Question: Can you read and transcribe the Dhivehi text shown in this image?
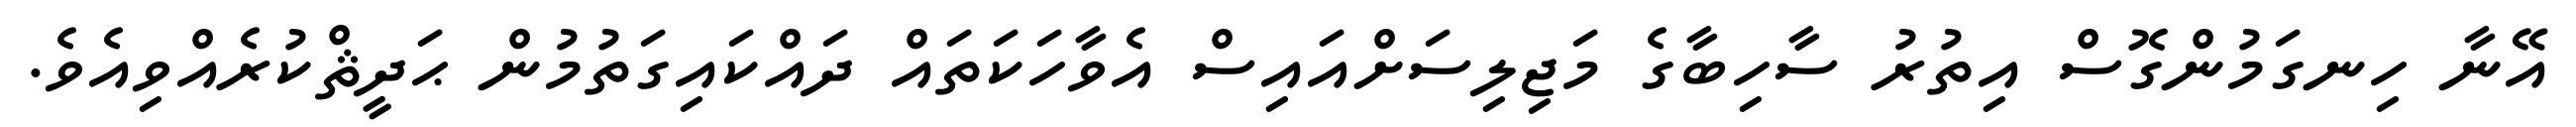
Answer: އޭނާ ހިނގަމުންގޮސް އިތުރު ސާހިބާގެ މަޖިލިސަށްއައިސް އެވާހަކަތައް ދައްކައިގަތުމުން ޙަދީޘްކުރެއްވިއެވެ.